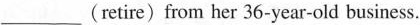
___(retire) from her 36-year-old business.